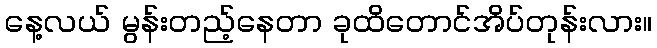
နေ့လယ် မွန်းတည့်နေတာ ခုထိတောင်အိပ်တုန်းလား။